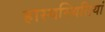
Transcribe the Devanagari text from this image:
हास्यस्थितियां